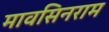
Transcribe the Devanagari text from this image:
मावसिनराम